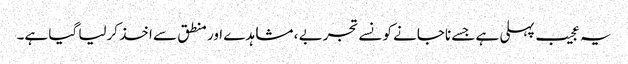
یہ عجیب پہلی ہے جسے ناجانے کونسے تجربے ، مشاہدے اور منطق سے اخذ کرلیا گیا ہے۔